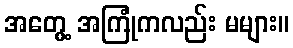
အတွေ့ အကြုံကလည်း မများ။